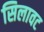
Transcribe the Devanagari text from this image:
सिलावट